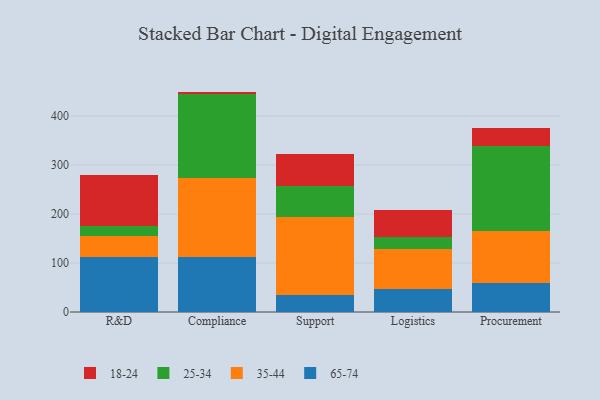
{"axis": {"x": "Department", "y": "Energy Usage (MWh)"}, "legend": ["18-24", "25-34", "35-44", "65-74"], "data": [{"x": "R&D", "y": 112.2, "type": "65-74"}, {"x": "R&D", "y": 42.9, "type": "35-44"}, {"x": "R&D", "y": 21.2, "type": "25-34"}, {"x": "R&D", "y": 103.4, "type": "18-24"}, {"x": "Compliance", "y": 112.9, "type": "65-74"}, {"x": "Compliance", "y": 160.4, "type": "35-44"}, {"x": "Compliance", "y": 171.6, "type": "25-34"}, {"x": "Compliance", "y": 5.0, "type": "18-24"}, {"x": "Support", "y": 34.3, "type": "65-74"}, {"x": "Support", "y": 160.4, "type": "35-44"}, {"x": "Support", "y": 62.1, "type": "25-34"}, {"x": "Support", "y": 66.5, "type": "18-24"}, {"x": "Logistics", "y": 47.3, "type": "65-74"}, {"x": "Logistics", "y": 80.6, "type": "35-44"}, {"x": "Logistics", "y": 24.9, "type": "25-34"}, {"x": "Logistics", "y": 55.2, "type": "18-24"}, {"x": "Procurement", "y": 59.4, "type": "65-74"}, {"x": "Procurement", "y": 105.6, "type": "35-44"}, {"x": "Procurement", "y": 173.6, "type": "25-34"}, {"x": "Procurement", "y": 37.1, "type": "18-24"}]}